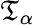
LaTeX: \mathfrak{T}_{\alpha}